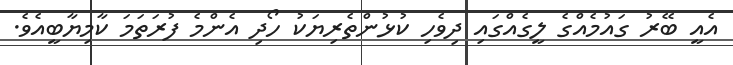
އެއީ ބޭރު ގައުމެއްގެ ލީގެއްގައި ދިވެހި ކުޅުންތެރިޔަކު ހޯދި އެންމެ ފުރަތަމަ ކާމިޔާބީއެވެ.